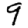
Digit: 9